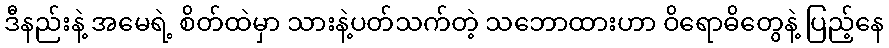
ဒီနည်းနဲ့ အမေရဲ့ စိတ်ထဲမှာ သားနဲ့ပတ်သက်တဲ့ သဘောထားဟာ ဝိရောဓိတွေနဲ့ ပြည့်နေ